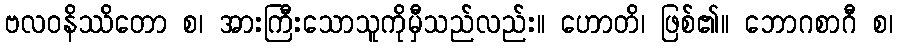
ဗလဝနိဿိတော စ၊ အားကြီးသောသူကိုမှီသည်လည်း။ ဟောတိ၊ ဖြစ်၏။ ဘောဂစာဂီ စ၊